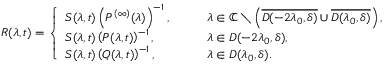
R ( \lambda , t ) = \left\{ \begin{array} { l l } { S ( \lambda , t ) \left( P ^ { ( \infty ) } ( \lambda ) \right) ^ { - 1 } , } & { \qquad \lambda \in \mathbb { C } \setminus \left( \overline { { D ( - 2 \lambda _ { 0 } , \delta ) } } \cup \overline { { D ( \lambda _ { 0 } , \delta ) } } \right) , } \\ { S ( \lambda , t ) \left( P ( \lambda , t ) \right) ^ { - 1 } , } & { \qquad \lambda \in D ( - 2 \lambda _ { 0 } , \delta ) , } \\ { S ( \lambda , t ) \left( Q ( \lambda , t ) \right) ^ { - 1 } , } & { \qquad \lambda \in D ( \lambda _ { 0 } , \delta ) . } \end{array} \right.